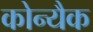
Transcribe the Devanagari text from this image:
कोन्यैक